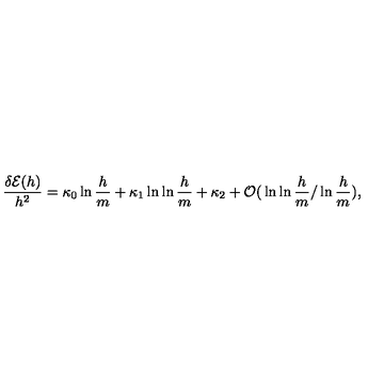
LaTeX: { \frac { \delta { \cal E } ( h ) } { h ^ { 2 } } } = \kappa _ { 0 } \ln { \frac { h } { m } } + \kappa _ { 1 } \ln \ln { \frac { h } { m } } + \kappa _ { 2 } + { \cal O } { \mathrm { \Large ( } } \ln \ln { \frac { h } { m } } { \mathrm { \Large / } } \ln { \frac { h } { m } } { \mathrm { \Large ) } } ,